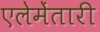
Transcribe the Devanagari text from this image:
एलेमेंतारी